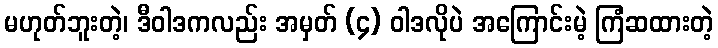
မဟုတ်ဘူးတဲ့၊ ဒီဝါဒကလည်း အမှတ် (၄) ဝါဒလိုပဲ အကြောင်းမဲ့ ကြံဆထားတဲ့